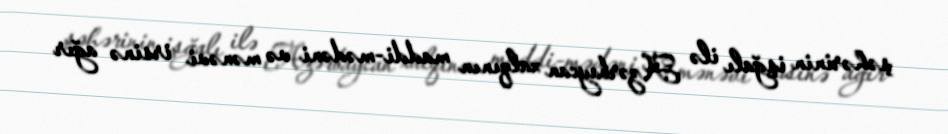
şəhərinin işğalı ilə Azərbaycan xalqının maddi-mədəni və mənəvi irsinə ağır